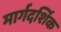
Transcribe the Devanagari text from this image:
मार्गदर्शिक